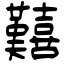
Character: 囏